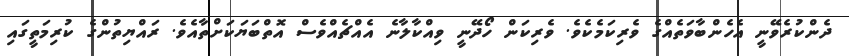
ދެންކުރެވޭނީ އެހެންބާވަތެއްގެ ވެރިކަމެކެވެ. ވެރިކަން ހޯދޭނީ ވިއްކާލާނެ އެއްޗެއްވެސް އޮތްބަޔަކަށްތާއެވެ. ރައްޔިތުންގެ ކުރިމަތީގައި